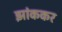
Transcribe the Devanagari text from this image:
झांककर